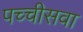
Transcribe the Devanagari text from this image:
पच्चीसवा